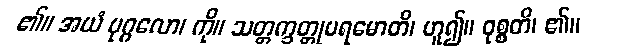
၏။ အယံ ပုဂ္ဂလော၊ ကို။ သတ္တက္ခတ္တုပရမောတိ၊ ဟူ၍။ ဝုစ္စတိ၊ ၏။